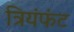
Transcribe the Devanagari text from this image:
त्रियंफंट